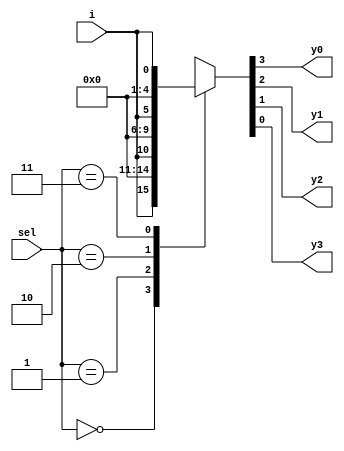
module dmux(
  input [1:0] sel,
  input  i,
  output reg y0,y1,y2,y3);
    
  always @(*) begin
    case(sel)
      2'h0: {y0,y1,y2,y3} = {i,3'b0};
      2'h1: {y0,y1,y2,y3} = {1'b0,i,2'b0};
      2'h2: {y0,y1,y2,y3} = {2'b0,i,1'b0};
      2'h3: {y0,y1,y2,y3} = {3'b0,i};
     
    endcase
  end
endmodule